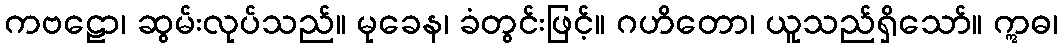
ကဗဠော၊ ဆွမ်းလုပ်သည်။ မုခေန၊ ခံတွင်းဖြင့်။ ဂဟိတော၊ ယူသည်ရှိသော်။ ဣဓ၊